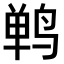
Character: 𫛴